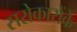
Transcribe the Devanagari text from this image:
सरोकारोंके